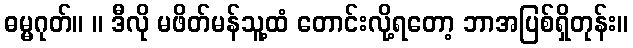
ဓမ္မဂုတ်။ ။ ဒီလို မဖိတ်မန်သူ့ထံ တောင်းလို့ရတော့ ဘာအပြစ်ရှိတုန်း။